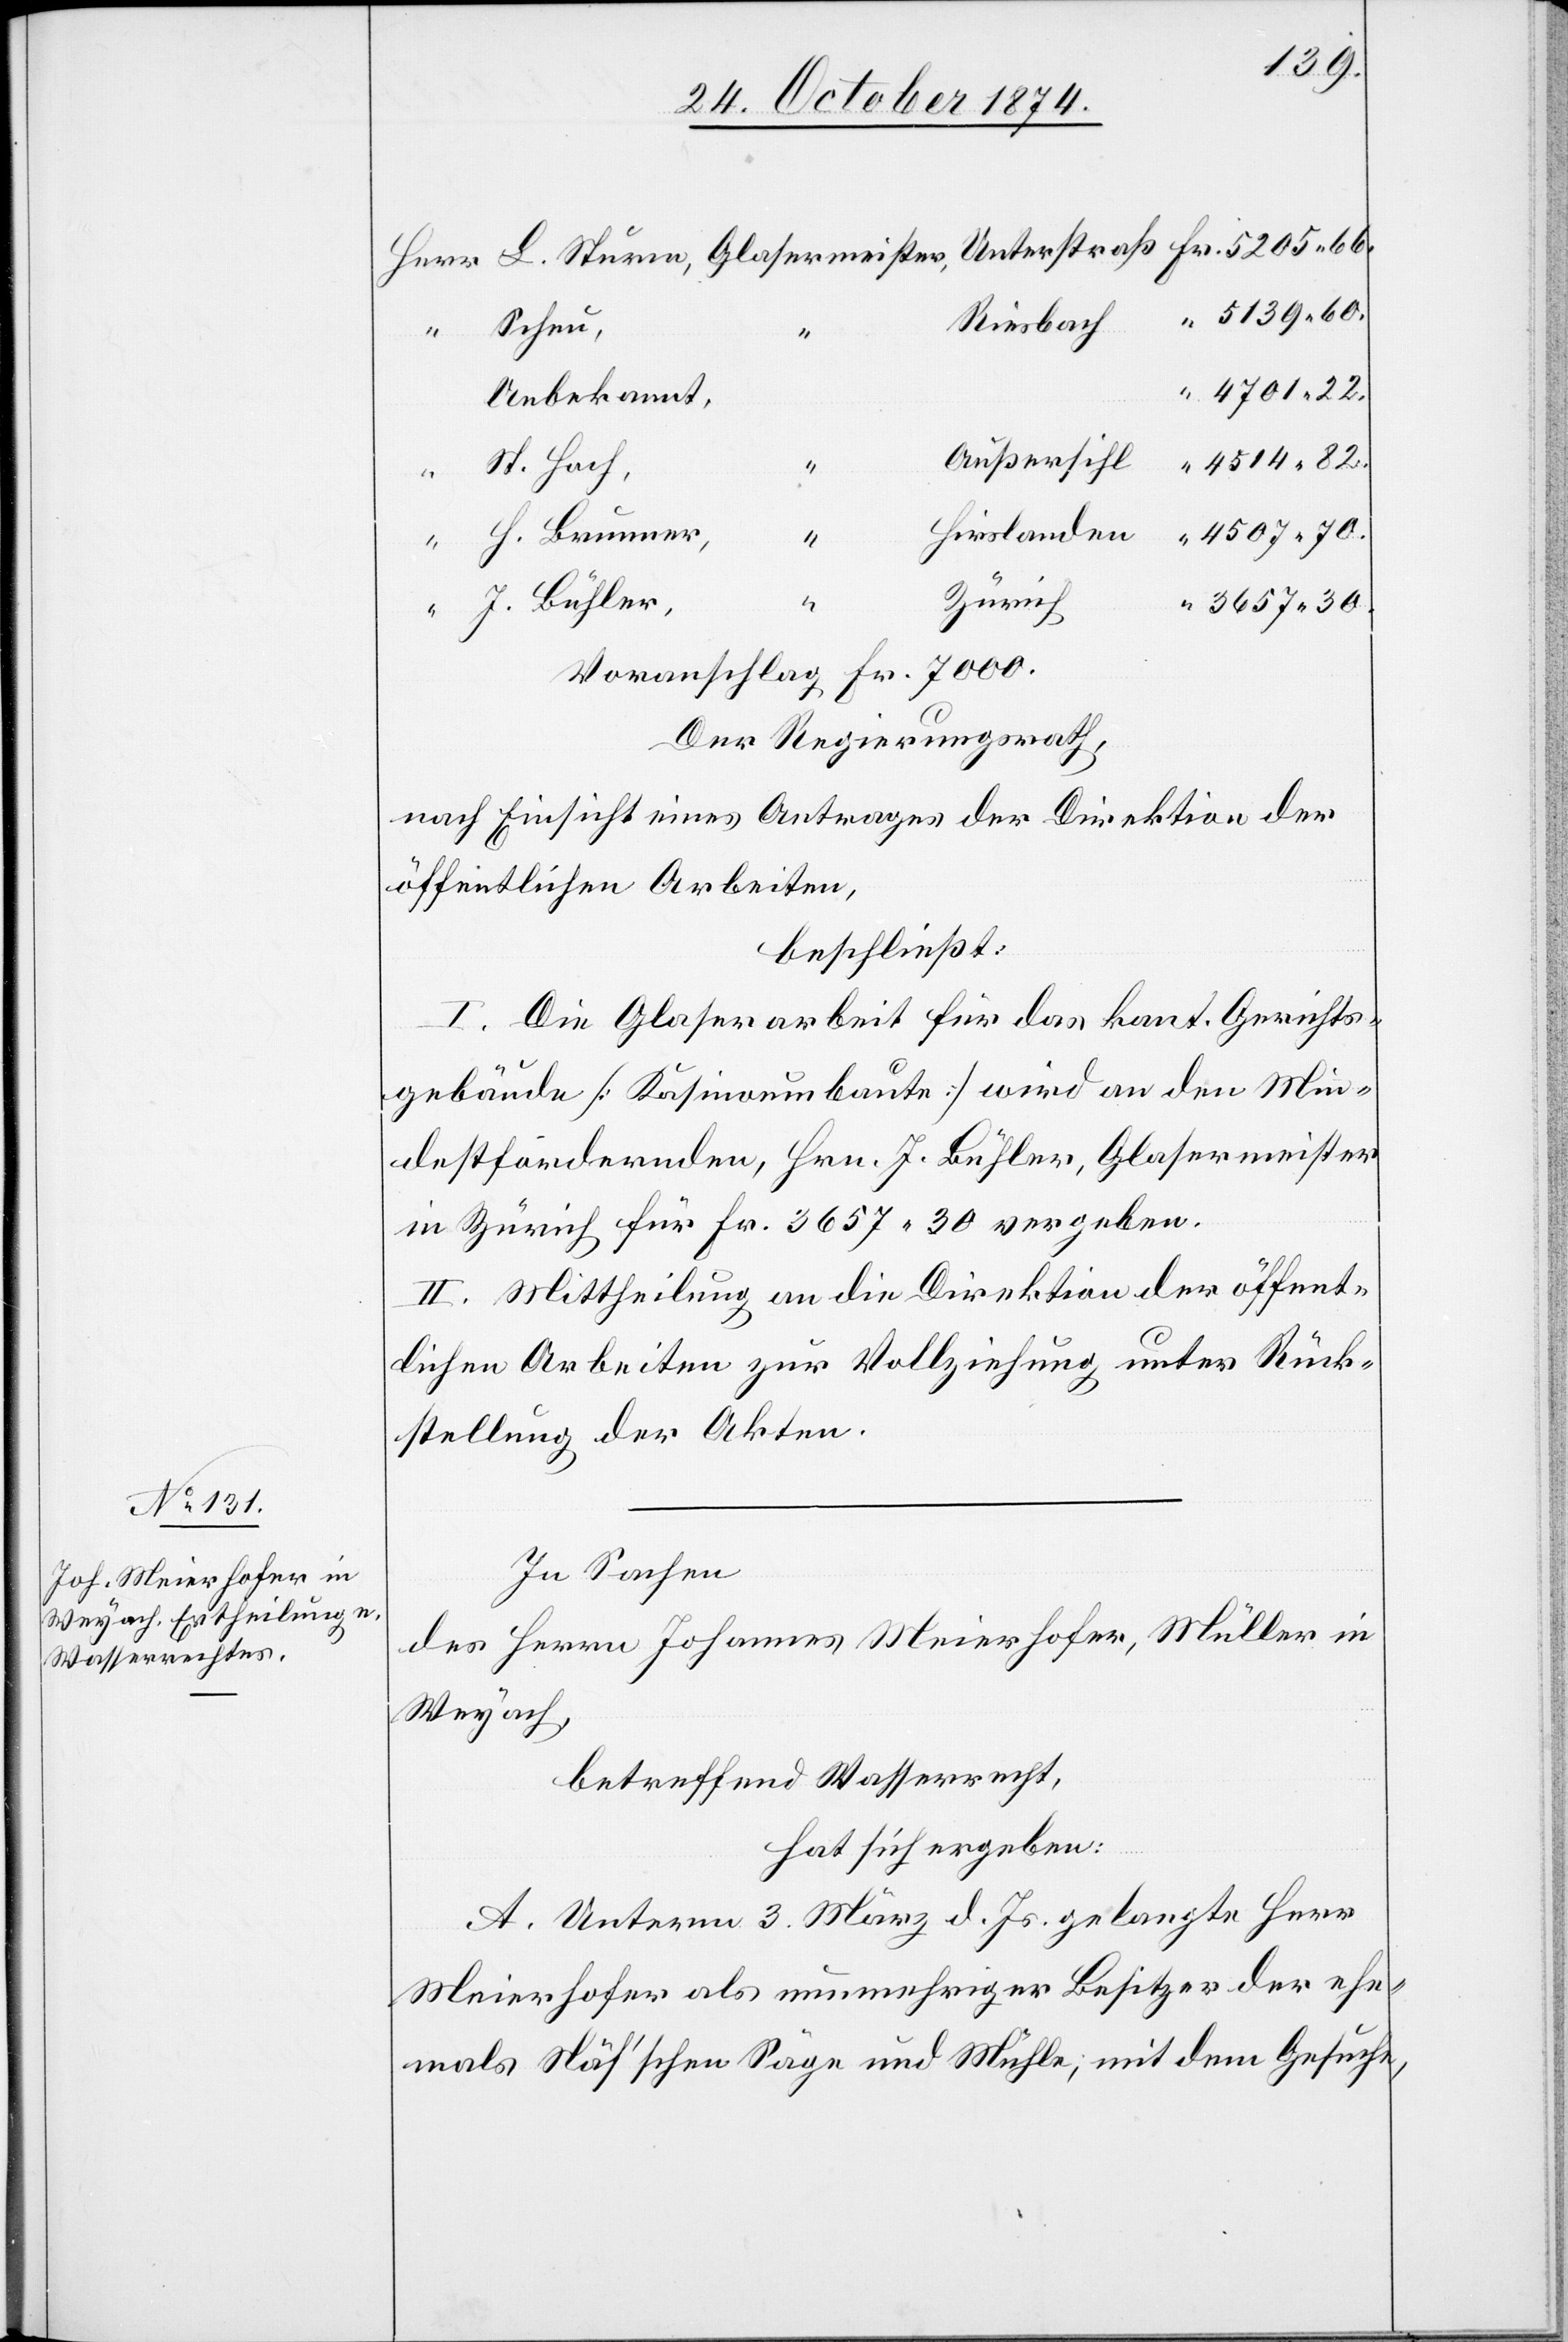
5139.60.
Riesbach
Scheu,
4701.22.
Unbekannt,
Außersihl
4514.82.
St. Hoch,
“
Fr.
Hirslanden
H. Brunner,
4507.70
Zürich
J. Bühler,
3657.30.
Voranschlag Fr. 7000.
Der Regierungsrath,
nach Einsicht eines Antrages der Direktion der
öffentlichen Arbeiten,
beschließt:
I. Die Glaserarbeit für das kant. Gerichts¬
gebäude [Kasinoumbaute] wird an den Min¬
destfordernden, Hrn. J. Bühler, Glasermeister
in Zürich für Fr. 3657.30 vergeben.
II. Mittheilung an die Direktion der öffent¬
lichen Arbeiten zur Vollziehung unter Rück¬
stellung der Akten.
In Sachen
des Herrn Johannes Meierhofer, Müller in
Weyach,
betreffend Wasserrecht,
“
hat sich ergeben:
A. Unterm 3. März d. Js. gelangte Herr
Meierhofer als nunmehriger Besitzer der ehe¬
mals Näf’schen Säge und Mühle, mit dem Gesuche,